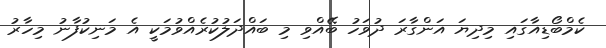
ކެމްބޯޑިއާގައި މިދިޔަ އަންގާރަ ދުވަހު ބޭއްވި މި ބައްދަލުކުރެއްވުމަކީ އެ މަނިކުފާނު މިހާރު